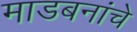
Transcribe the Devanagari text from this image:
माडबनांचे